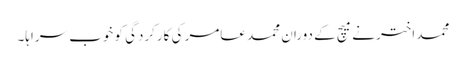
محمد اختر نے میچ کے دوران محمد عامر کی کارکردگی کو خوب سراہا۔